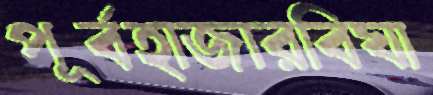
পূর্বহাজারবিঘা